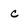
Character: c